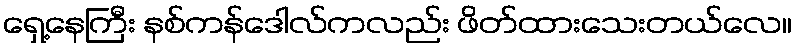
ရှေ့နေကြီး နစ်ကန်ဒေါလ်ကလည်း ဖိတ်ထားသေးတယ်လေ။